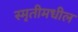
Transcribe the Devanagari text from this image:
स्मृतीमधील